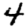
Digit: 4